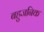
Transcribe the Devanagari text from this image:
बहुजनिक